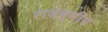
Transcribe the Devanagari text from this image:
राजद्वीप